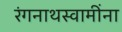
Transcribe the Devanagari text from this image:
रंगनाथस्वामींना